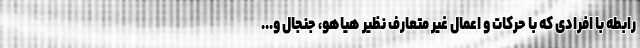
رابطه با افرادی که با حرکات و اعمال غیر متعارف نظیر هیاهو، جنجال و...